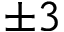
\pm 3